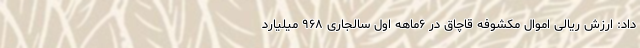
داد: ارزش ریالی اموال مکشوفه قاچاق در ۶ماهه اول سالجاری ۹۶۸ میلیارد